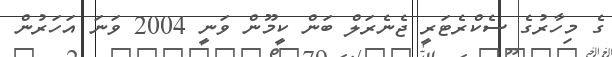
ގެ މިހާރުގެ ސެކްރެޓަރީ ޖެނެރަލް ބަން ކީމޫން ވަނީ 2004 ވަނަ އަހަރުން